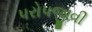
પરોપજીવી